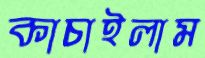
কাচাইলাম